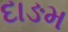
દાઙમ